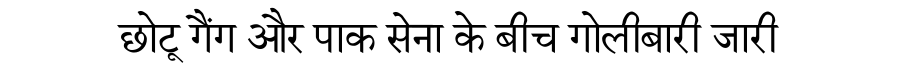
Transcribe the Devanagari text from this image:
छोटू गैंग और पाक सेना के बीच गोलीबारी जारी